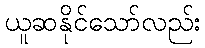
ယူဆနိုင်သော်လည်း